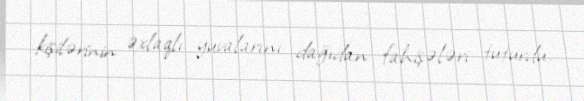
kişilərinin əxlaqlı yuvalarını dağıdan fahişələri tuturdu.